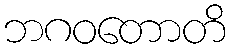
ဘဂဝတောတိ